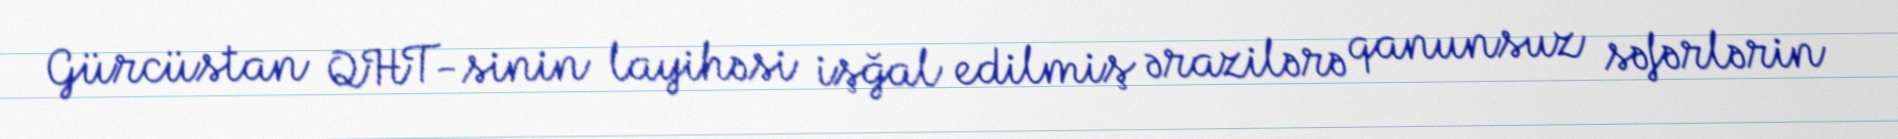
Gürcüstan QHT-sinin layihəsi işğal edilmiş ərazilərə qanunsuz səfərlərin